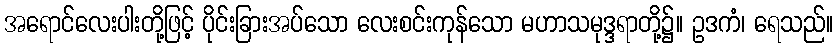
အရောင်လေးပါးတို့ဖြင့် ပိုင်းခြားအပ်သော လေးစင်းကုန်သော မဟာသမုဒ္ဒရာတို့၌။ ဥဒကံ၊ ရေသည်။